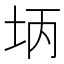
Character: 𪣃